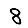
Digit: 8